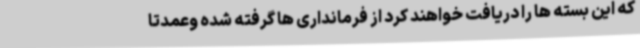
که این بسته ها را دریافت خواهند کرد از فرمانداری ها گرفته شده وعمدتا